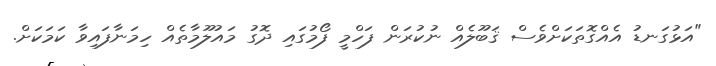
"އަޅުގަނޑު އެއްގޮތަކަށްވެސް ޤަބޫލެއް ނުކުރަން ފަހްމީ ފޯމުގައި ދޮގު މައުލޫމާތެއް ހިމަނާފައިވާ ކަމަކަށް.